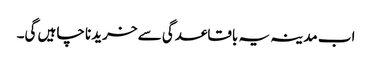
اب مدینہ یہ باقاعدگی سے خریدنا چاہیں گی۔